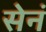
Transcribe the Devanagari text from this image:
सेनं